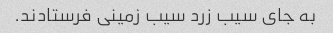
به جای سیب زرد سیب زمینی فرستادند.